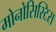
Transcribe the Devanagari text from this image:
मोनोसिस्टिस